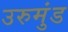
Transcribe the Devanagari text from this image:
उरुमुंड